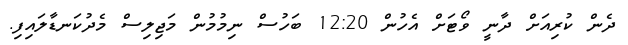
ދެން ކުރިއަށް ދާނީ ވޯޓަށް އެހުން 12:20 ބަހުސް ނިމުމުން މަޖިލިސް މެދުކަނޑާލައިފި.